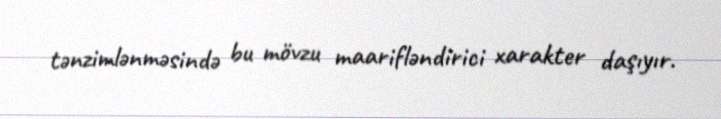
tənzimlənməsində bu mövzu maarifləndirici xarakter daşıyır.